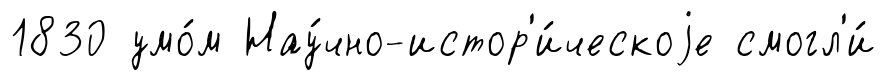
1830 умо́м Нау́чно-истор'и́ческоjе смогл'и́